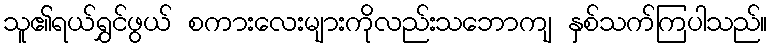
သူ၏ရယ်ရွှင်ဖွယ် စကားလေးများကိုလည်းသဘောကျ နှစ်သက်ကြပါသည်။